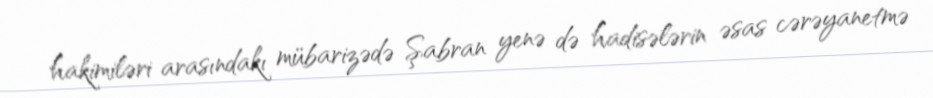
hakimiləri arasındakı mübarizədə Şabran yenə də hadisələrin əsas cərəyanetmə